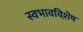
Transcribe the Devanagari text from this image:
स्वभावविशे़ष